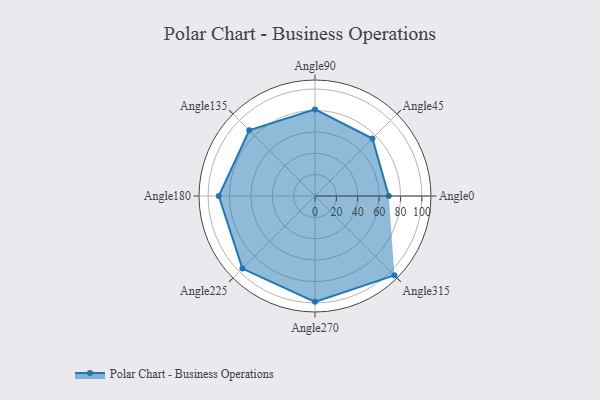
{"axis": {"x": "Angle", "y": "Radius"}, "legend": [""], "data": [{"x": "Angle0", "y": 69.0, "type": ""}, {"x": "Angle45", "y": 76.0, "type": ""}, {"x": "Angle90", "y": 81.0, "type": ""}, {"x": "Angle135", "y": 87.0, "type": ""}, {"x": "Angle180", "y": 90.0, "type": ""}, {"x": "Angle225", "y": 96.0, "type": ""}, {"x": "Angle270", "y": 99.0, "type": ""}, {"x": "Angle315", "y": 105.0, "type": ""}]}